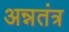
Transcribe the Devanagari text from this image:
अन्नतंत्र